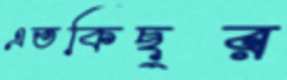
এতকিছুর